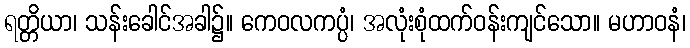
ရတ္တိယာ၊ သန်းခေါင်အခါ၌။ ကေဝလကပ္ပံ၊ အလုံးစုံထက်ဝန်းကျင်သော။ မဟာဝနံ၊